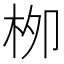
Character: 栁